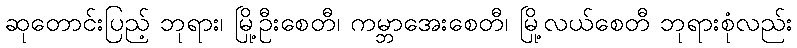
ဆုတောင်းပြည့် ဘုရား၊ မြို့ဦးစေတီ၊ ကမ္ဘာအေးစေတီ၊ မြို့လယ်စေတီ ဘုရားစုံလည်း